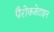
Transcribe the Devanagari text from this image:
पैरोक्जेटाइन